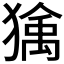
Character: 𱮠